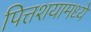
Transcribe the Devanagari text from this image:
पित्तशयामध्ये